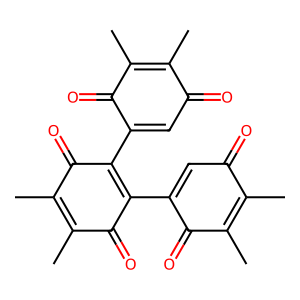
SMILES: CC1=C(C)C(=O)C(C2=C(C3=CC(=O)C(C)=C(C)C3=O)C(=O)C(C)=C(C)C2=O)=CC1=O
Inhibits HIV replication: No